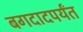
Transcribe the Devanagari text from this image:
बगदादपर्यंत